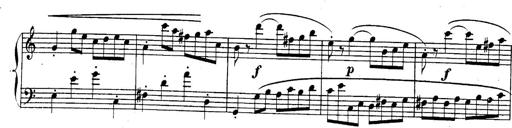
Title: Sonatina for Piano
Composer: BÃ©la BartÃ³k